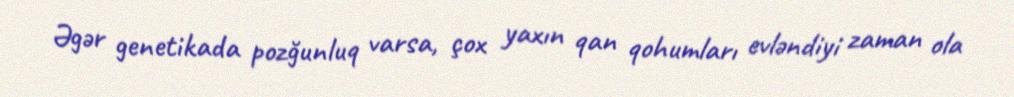
Əgər genetikada pozğunluq varsa, çox yaxın qan qohumları evləndiyi zaman ola